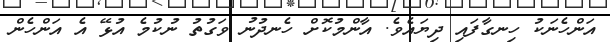
އަންހެނަކު ހިނގާފައި ދިޔައެވެ. އާންމުކޮށް ހެނދުނު ވަގުތު ނުކުމެ އުޅޭ އެ އަންހެން